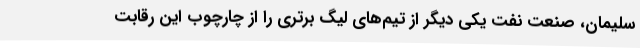
سلیمان، صنعت نفت یکی دیگر از تیم‌های لیگ برتری را از چارچوب این رقابت